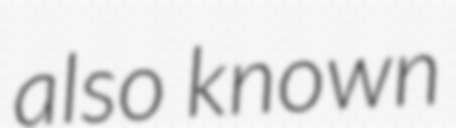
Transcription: also known